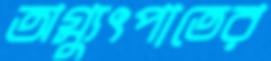
অগ্ন্যুৎপাতের